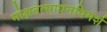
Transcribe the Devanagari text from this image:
मोक्षतत्साधनविमर्श